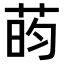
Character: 𫈔